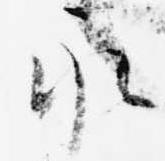
永